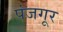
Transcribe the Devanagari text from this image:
पंजगूर